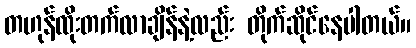
တဟုန်ထိုးတက်လာချိန်နဲ့လည်း တိုက်ဆိုင်နေပါတယ်။